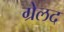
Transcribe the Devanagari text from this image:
ग्रेलद